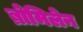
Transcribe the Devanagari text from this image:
ब्रोमिलेन